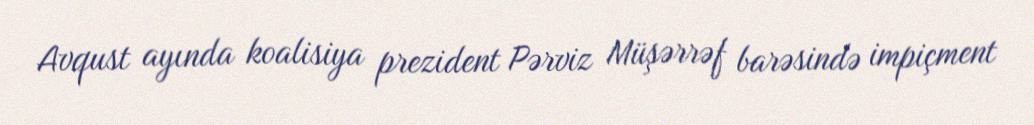
Avqust ayında koalisiya prezident Pərviz Müşərrəf barəsində impiçment